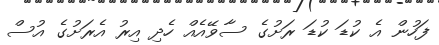
ފަހުން އެ ކުޑަ ކުޑަ ރަށުގެ ސާވޭއެއް ހެދި އިރު އެރަށުގެ އުސް